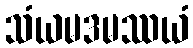
သံယမဒမဿယံ